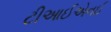
ટીઆઈએનઈ